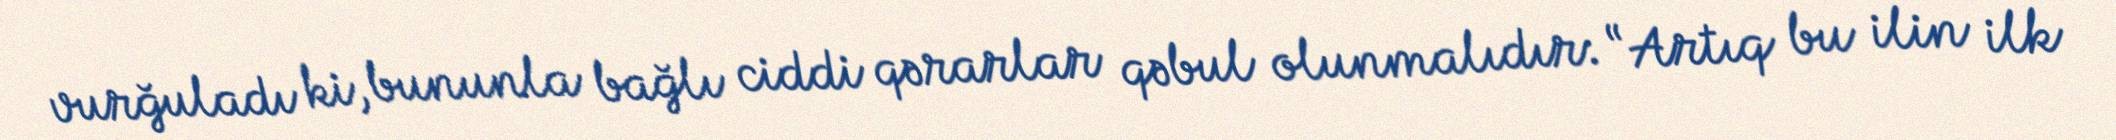
vurğuladı ki, bununla bağlı ciddi qərarlar qəbul olunmalıdır: “Artıq bu ilin ilk